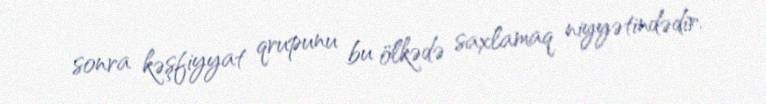
sonra kəşfiyyat qrupunu bu ölkədə saxlamaq niyyətindədir.